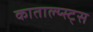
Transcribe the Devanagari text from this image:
काताल्य्स्ट्स